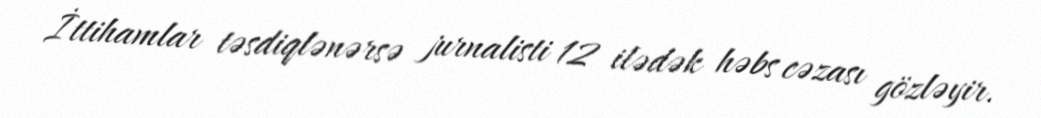
İttihamlar təsdiqlənərsə jurnalisti 12 ilədək həbs cəzası gözləyir.